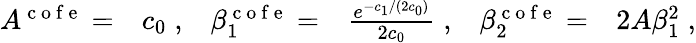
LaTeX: \begin{array}{rlrlrl}{A^{\mathrm{~c~o~f~e~}}=}&{{}c_{0}\; ,}&{\beta_{1}^{\mathrm{~c~o~f~e~}}=}&{{}\frac{e^{-c_{1}/(2c_{0})}}{2c_{0}}\; ,}&{\beta_{2}^{\mathrm{~c~o~f~e~}}=}&{{}2A\beta_{1}^{2}\; ,}\end{array}